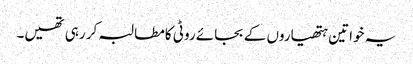
یہ خواتین ہتھیاروں کے بجائے روٹی کامطالبہ کر رہی تھیں۔